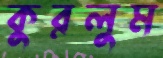
কুরলুম